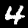
Digit: 4